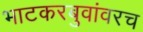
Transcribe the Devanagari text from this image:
भाटकरबुवांवरच